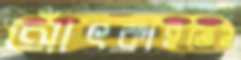
আঁৎকাইতেন